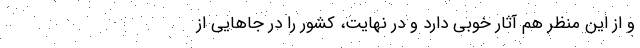
و از این منظر هم آثار خوبی دارد و در نهایت، کشور را در جا‌هایی از